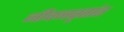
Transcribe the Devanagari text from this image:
जीवनवृतांत